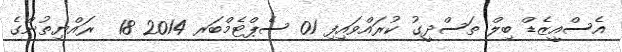
އެސްއީޒެޑް ބިލް ތަސްދީގު ކުރައްވައިފި 01 ސެޕްޓެމްބަރ 2014 18  ރައްޔިތުންގެ